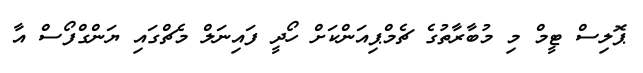
ޕޮލިސް ޓީމް މި މުބާރާތުގެ ޗެމްޕިއަންކަށް ހޯދީ ފައިނަލް މެޗްގައި ޔަންގްފޯސް އާ